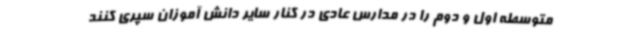
متوسطه اول و دوم را در مدارس عادی در کنار سایر دانش آموزان سپری کنند